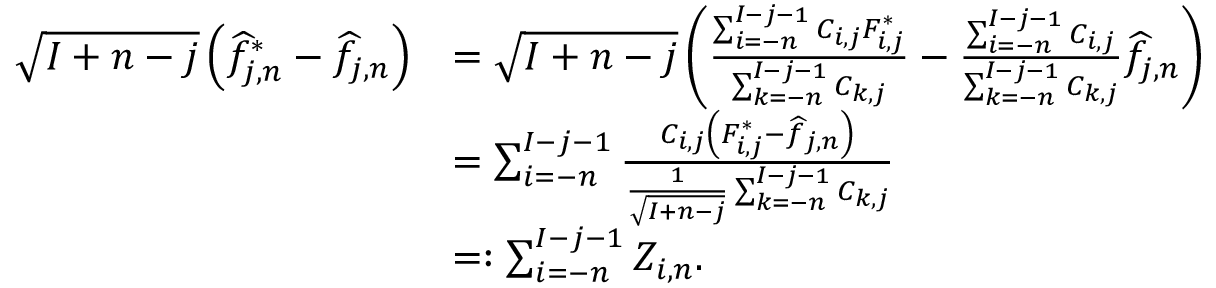
\begin{array} { r l } { \sqrt { I + n - j } \left( \widehat f _ { j , n } ^ { * } - \widehat f _ { j , n } \right) } & { = \sqrt { I + n - j } \left( \frac { \sum _ { i = - n } ^ { I - j - 1 } C _ { i , j } F _ { i , j } ^ { * } } { \sum _ { k = - n } ^ { I - j - 1 } C _ { k , j } } - \frac { \sum _ { i = - n } ^ { I - j - 1 } C _ { i , j } } { \sum _ { k = - n } ^ { I - j - 1 } C _ { k , j } } \widehat f _ { j , n } \right) } \\ & { = \sum _ { i = - n } ^ { I - j - 1 } \frac { C _ { i , j } \left( F _ { i , j } ^ { * } - \widehat f _ { j , n } \right) } { \frac { 1 } { \sqrt { I + n - j } } \sum _ { k = - n } ^ { I - j - 1 } C _ { k , j } } } \\ & { = : \sum _ { i = - n } ^ { I - j - 1 } Z _ { i , n } . } \end{array}